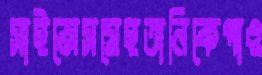
সাইন্সেসমেহতানিকেপাও